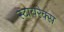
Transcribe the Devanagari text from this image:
स्टायरेक्स